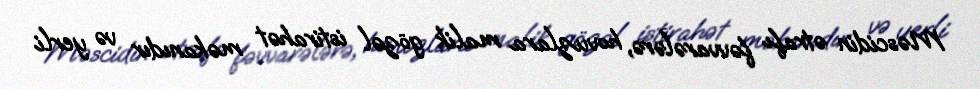
Məscidin ətrafı fəvvarələrə, hovuzlara malik gözəl istirahət məkanıdır və yerli